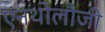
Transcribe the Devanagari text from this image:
एनथोलौजी